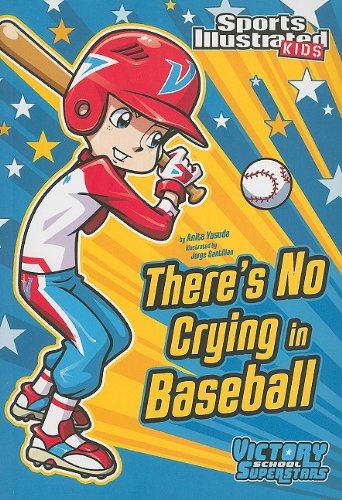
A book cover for There's No Crying in Baseball (Sports Illustrated Kids Victory School Superstars); Anita Yasuda; Children's Books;